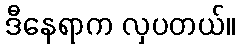
ဒီနေရာက လှပတယ်။